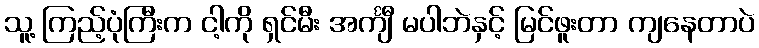
သူ့ ကြည့်ပုံကြီးက ငါ့ကို ရှင်မီး အင်္ကျီ မပါဘဲနှင့် မြင်ဖူးတာ ကျနေတာပဲ